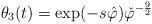
\begin{align*}\theta_{3}( t) =\exp( -s\hat{\varphi})\check{\varphi}^{-\frac{9}{2}}\end{align*}